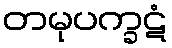
တမုပက္ခဋံ